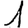
Digit: 1